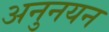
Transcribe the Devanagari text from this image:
अनुनयन